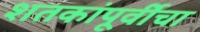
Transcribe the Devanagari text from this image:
शतकांपूर्वीचा